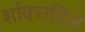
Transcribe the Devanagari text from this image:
शांक्सविले